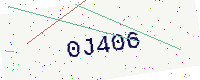
Text: 0J406